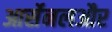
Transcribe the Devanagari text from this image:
आर्सेनलऔर